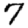
Digit: 7